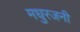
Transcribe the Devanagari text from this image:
मधुरजनी